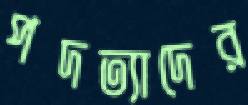
পদত্যাদের